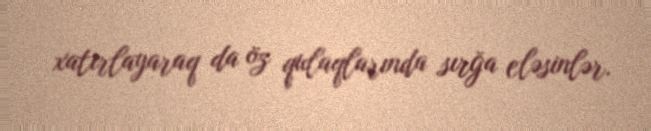
xatırlayaraq da öz qulaqlarında sırğa eləsinlər.